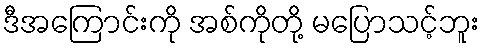
ဒီအကြောင်းကို အစ်ကိုတို့ မပြောသင့်ဘူး